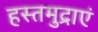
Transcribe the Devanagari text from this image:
हस्तमुद्राएं